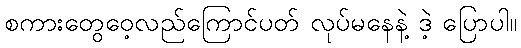
စကားတွေဝေ့လည်ကြောင်ပတ် လုပ်မနေနဲ့ ဒဲ့ ပြောပါ။